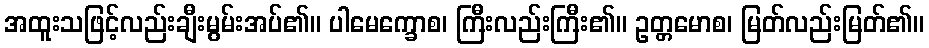
အထူးသဖြင့်လည်းချီးမွမ်းအပ်၏။ ပါမေက္ခောစ၊ ကြီးလည်းကြီး၏။ ဥတ္တမောစ၊ မြတ်လည်းမြတ်၏။